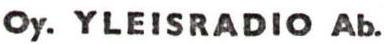
Oy. YleisradiO Ab.